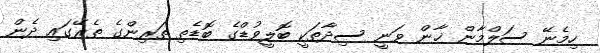
ހިމެނޭ ސަލްމާން ޚާން ވަނީ ސިދާތަކީ ބޮލީވުޑްގެ ބޮޑެތި ތަރިންގެ ތެރޭގައި ދެން